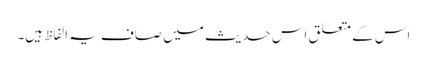
اس کے متعلق اس حدیث میں صاف یہ الفاظ ہیں۔